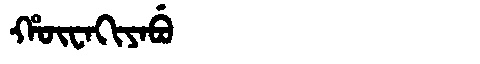
Manchu: ᡥᡡᠸᠠᡴᡳᠶᠠᠪᡠ
Romanization: HŪWAKIYABU